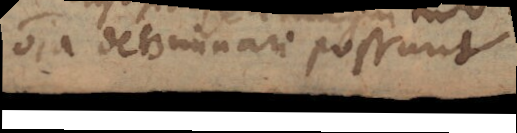
omnia determinari possunt